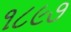
૧૮૯૭